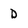
Character: D